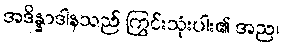
အဒိန္နာဒါနသည် ကြွင်းသုံးပါး၏ အည၊